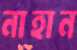
নাহান